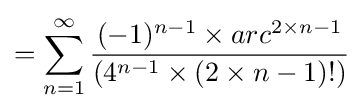
=\sum _{n=1}^{\infty }{\frac {(-1)^{n-1}\times arc^{2\times n-1}}{(4^{n-1}\times (2\times n-1)!)}}